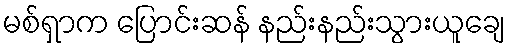
မစ်ရှာက ပြောင်းဆန် နည်းနည်းသွားယူချေ